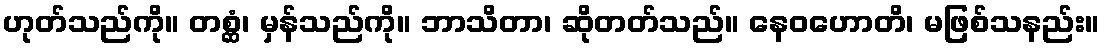
ဟုတ်သည်ကို။ တစ္ဆံ၊ မှန်သည်ကို။ ဘာသိတာ၊ ဆိုတတ်သည်။ နေဝဟောတိ၊ မဖြစ်သနည်း။